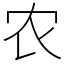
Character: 农